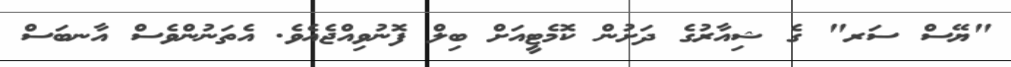
"ޔޭސް ސަރ" ގެ ޝިއާރުގެ ދަށުން ކޮމެޓީއަށް ބިލް ފޮނުވިއްޖެއެވެ. އެތަނުންވެސް އާނބަސް